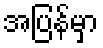
အပြန်မှာ